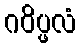
ဂဝိပ္ဖလံ